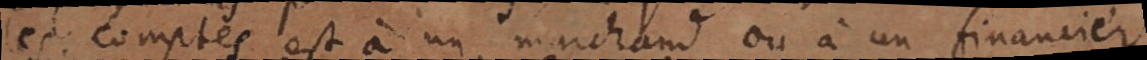
les comptes est à un marchand ou à un financier,